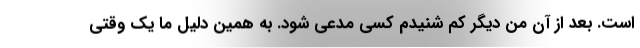
است. بعد از آن من دیگر کم شنیدم کسی مدعی شود. به همین دلیل ما یک وقتی